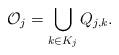
LaTeX: \begin{align*}{\mathcal O}_j=\bigcup_{k \in K_j} Q_{j,k}.\end{align*}